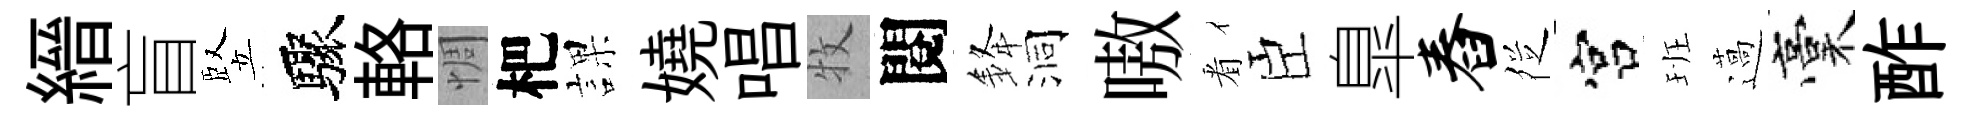
縉盲竪驟輅惆杷課嬈唱牧閱𨦟洞嗷㸔臣臯舂徔宫班薖稾酢